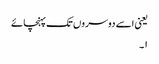
یعنی اسے دوسروں تک پہنچائے
۱۔